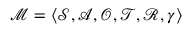
\mathcal { M } = \langle \mathcal { S } , \mathcal { A } , \mathcal { O } , \mathcal { T } , \mathcal { R } , \gamma \rangle